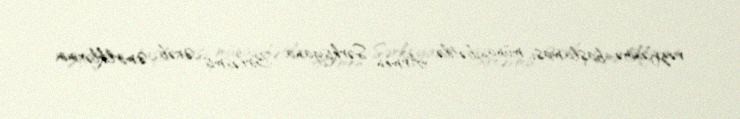
vəzifəsinə başlaması münasibətilə Armen Sərkisyana Birləşmiş Ərəb Əmirliklərinin